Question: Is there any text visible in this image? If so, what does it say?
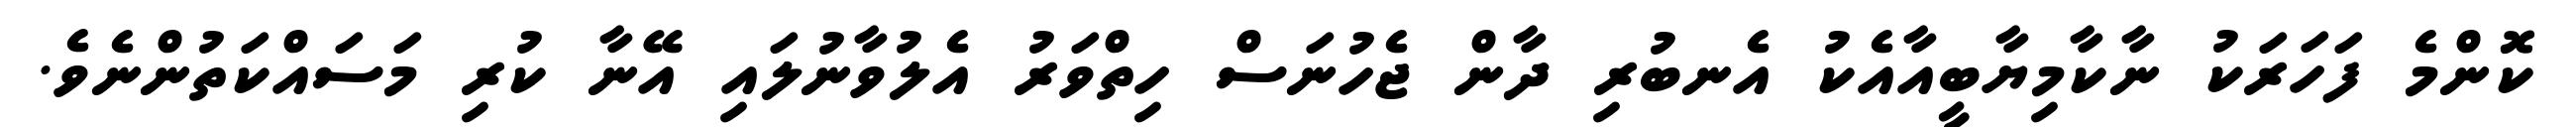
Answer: ކޮންމެ ފަހަރަކު ނާކާމިޔާބީއާއެކު އެނބުރި ދާން ޖެހުނަސް ހިތްވަރު އެލުވާނުލައި އޭނާ ކުރި މަސައްކަތުންނެވެ.